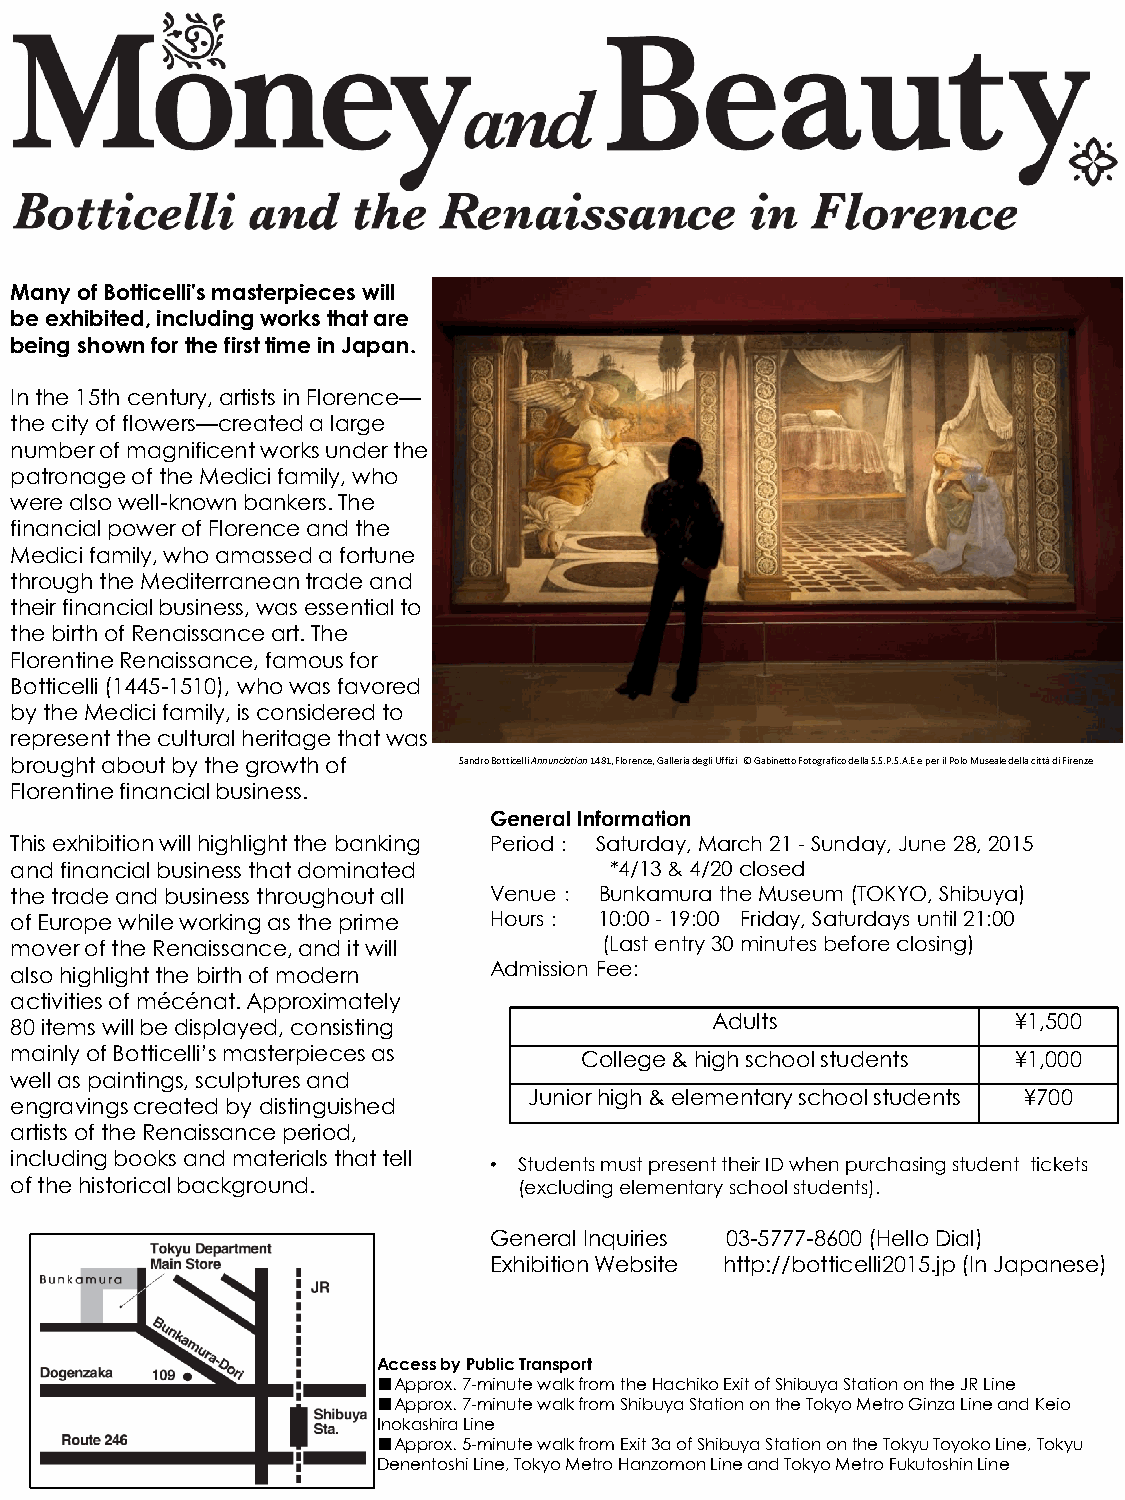
Many of Botticelli's masterpieces will
 be exhibited, including works that are
 being shown for the first time in Japan.
 In the 15th century, artists in Florence—
 the city of flowers—created a large
 number of magnificent works under the
 patronage of the Medici family, who
 were also well-known bankers. The
 financial power of Florence and the
 Medici family, who amassed a fortune
 through the Mediterranean trade and
 their financial business, was essential to
 the birth of Renaissance art. The
 Florentine Renaissance, famous for
 Botticelli (1445-1510), who was favored
 by the Medici family, is considered to
 represent the cultural heritage that was
 brought about by the growth of Sandro Botticelli Annunciation 1481, Florence, Galleria degli Uffizi © Gabinetto Fotografico della S.S.P.S.A.E e per il Polo Museale della città di Firenze
 Florentine financial business.
 General Information
 This exhibition will highlight the banking Period： Saturday, March 21 - Sunday, June 28, 2015
 and financial business that dominated  *4/13 & 4/20 closed
 the trade and business throughout all Venue： Bunkamura the Museum (TOKYO, Shibuya)
 of Europe while working as the prime Hours： 10:00 - 19:00 Friday, Saturdays until 21:00
 mover of the Renaissance, and it will  (Last entry 30 minutes before closing)
 also highlight the birth of modern Admission Fee:
 activities of mécénat. Approximately
 80 items will be displayed, consisting        Adults              ¥1,500
 mainly of Botticelli’s masterpieces as College & high school students ¥1,000
 well as paintings, sculptures and
 Junior high & elementary school students ¥700
 engravings created by distinguished
 artists of the Renaissance period,
 including books and materials that tell
 • Students must present their ID when purchasing student tickets
 of the historical background.    (excluding elementary school students).
 General Inquiries 03-5777-8600 (Hello Dial)
 Exhibition Website http://botticelli2015.jp (In Japanese)
 Access by Public Transport
 ■Approx. 7-minute walk from the Hachiko Exit of Shibuya Station on the JR Line
 ■Approx. 7-minute walk from Shibuya Station on the Tokyo Metro Ginza Line and Keio
 Inokashira Line
 ■Approx. 5-minute walk from Exit 3a of Shibuya Station on the Tokyu Toyoko Line, Tokyu
 Denentoshi Line, Tokyo Metro Hanzomon Line and Tokyo Metro Fukutoshin Line